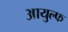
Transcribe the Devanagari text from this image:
आयुल्फ